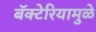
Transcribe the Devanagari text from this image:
बॅक्टेरियामुळे